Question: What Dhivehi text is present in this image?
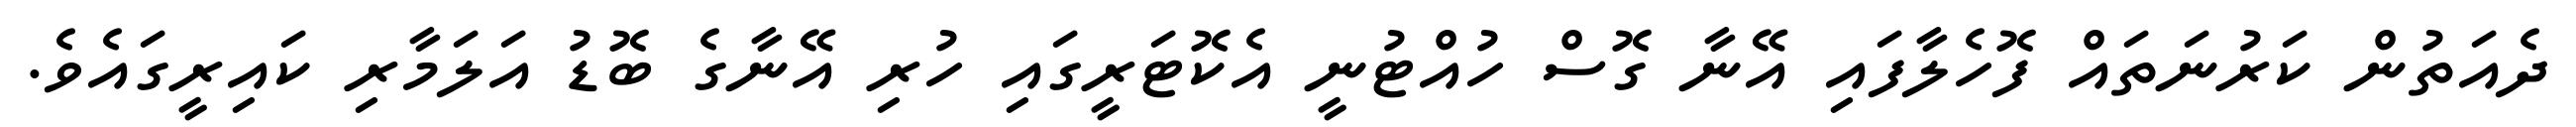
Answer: ދެއަތުން ކަރުނަތައް ފޮހެލާފައި އޭނާ ގޮސް ހުއްޓުނީ އެކޮޓަރީގައި ހުރި އޭނާގެ ބޮޑު އަލަމާރި ކައިރީގައެވެ.